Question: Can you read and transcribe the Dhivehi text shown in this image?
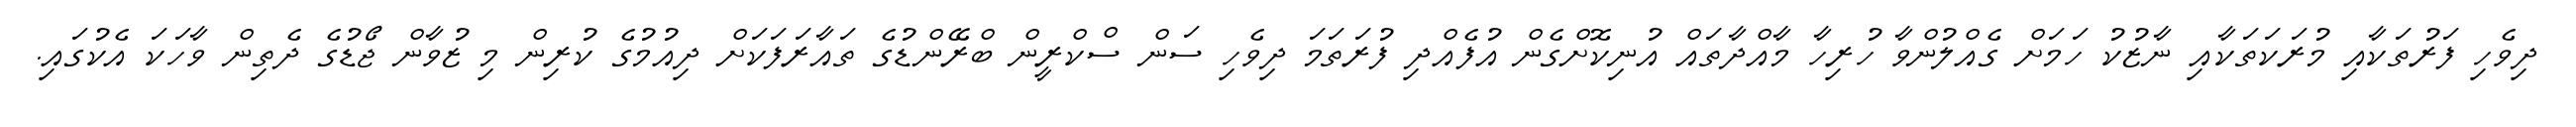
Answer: ދިވެހި ފަރުތަކާއި މުރަކަތަކާއި ނާޒުކު ހަމަށް ގެއްލުންވާ ހުރިހާ މާއްދާތައް އުނިކޮށްގެން އުފެއްދި ފުރަތަމަ ދިވެހި ސަން ސްކްރީން ބްރޭންޑުގެ ތައާރަފަކަށް ދިއުމުގެ ކުރިން މި ޒުވާން ޖޯޑުގެ ދެތިން ވާހަކަ އެކުގައި.